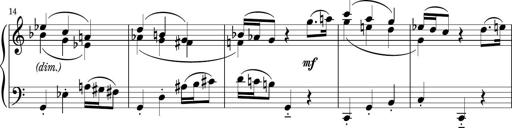
Title: Sonatina PandemÃ³nium
Composer: VÃ­ctor Carbajo
Key: C major